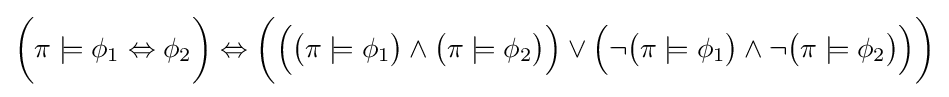
{\bigg (}\pi \models \phi _{1}\Leftrightarrow \phi _{2}{\bigg )}\Leftrightarrow {\bigg (}{\Big (}{\big (}\pi \models \phi _{1}{\big )}\land {\big (}\pi \models \phi _{2}{\big )}{\Big )}\lor {\Big (}\neg {\big (}\pi \models \phi _{1}{\big )}\land \neg {\big (}\pi \models \phi _{2}{\big )}{\Big )}{\bigg )}